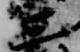
三